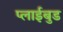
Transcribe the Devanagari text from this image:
प्लाईबुड